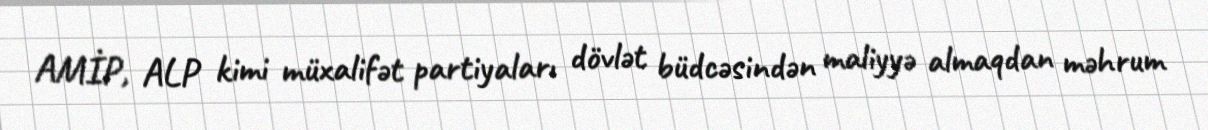
AMİP, ALP kimi müxalifət partiyaları dövlət büdcəsindən maliyyə almaqdan məhrum